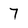
Character: 7